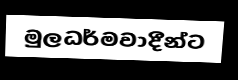
මුලධර්මවාදීන්ට